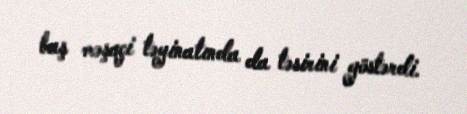
baş məşqçi təyinatında da təsirini göstərdi.